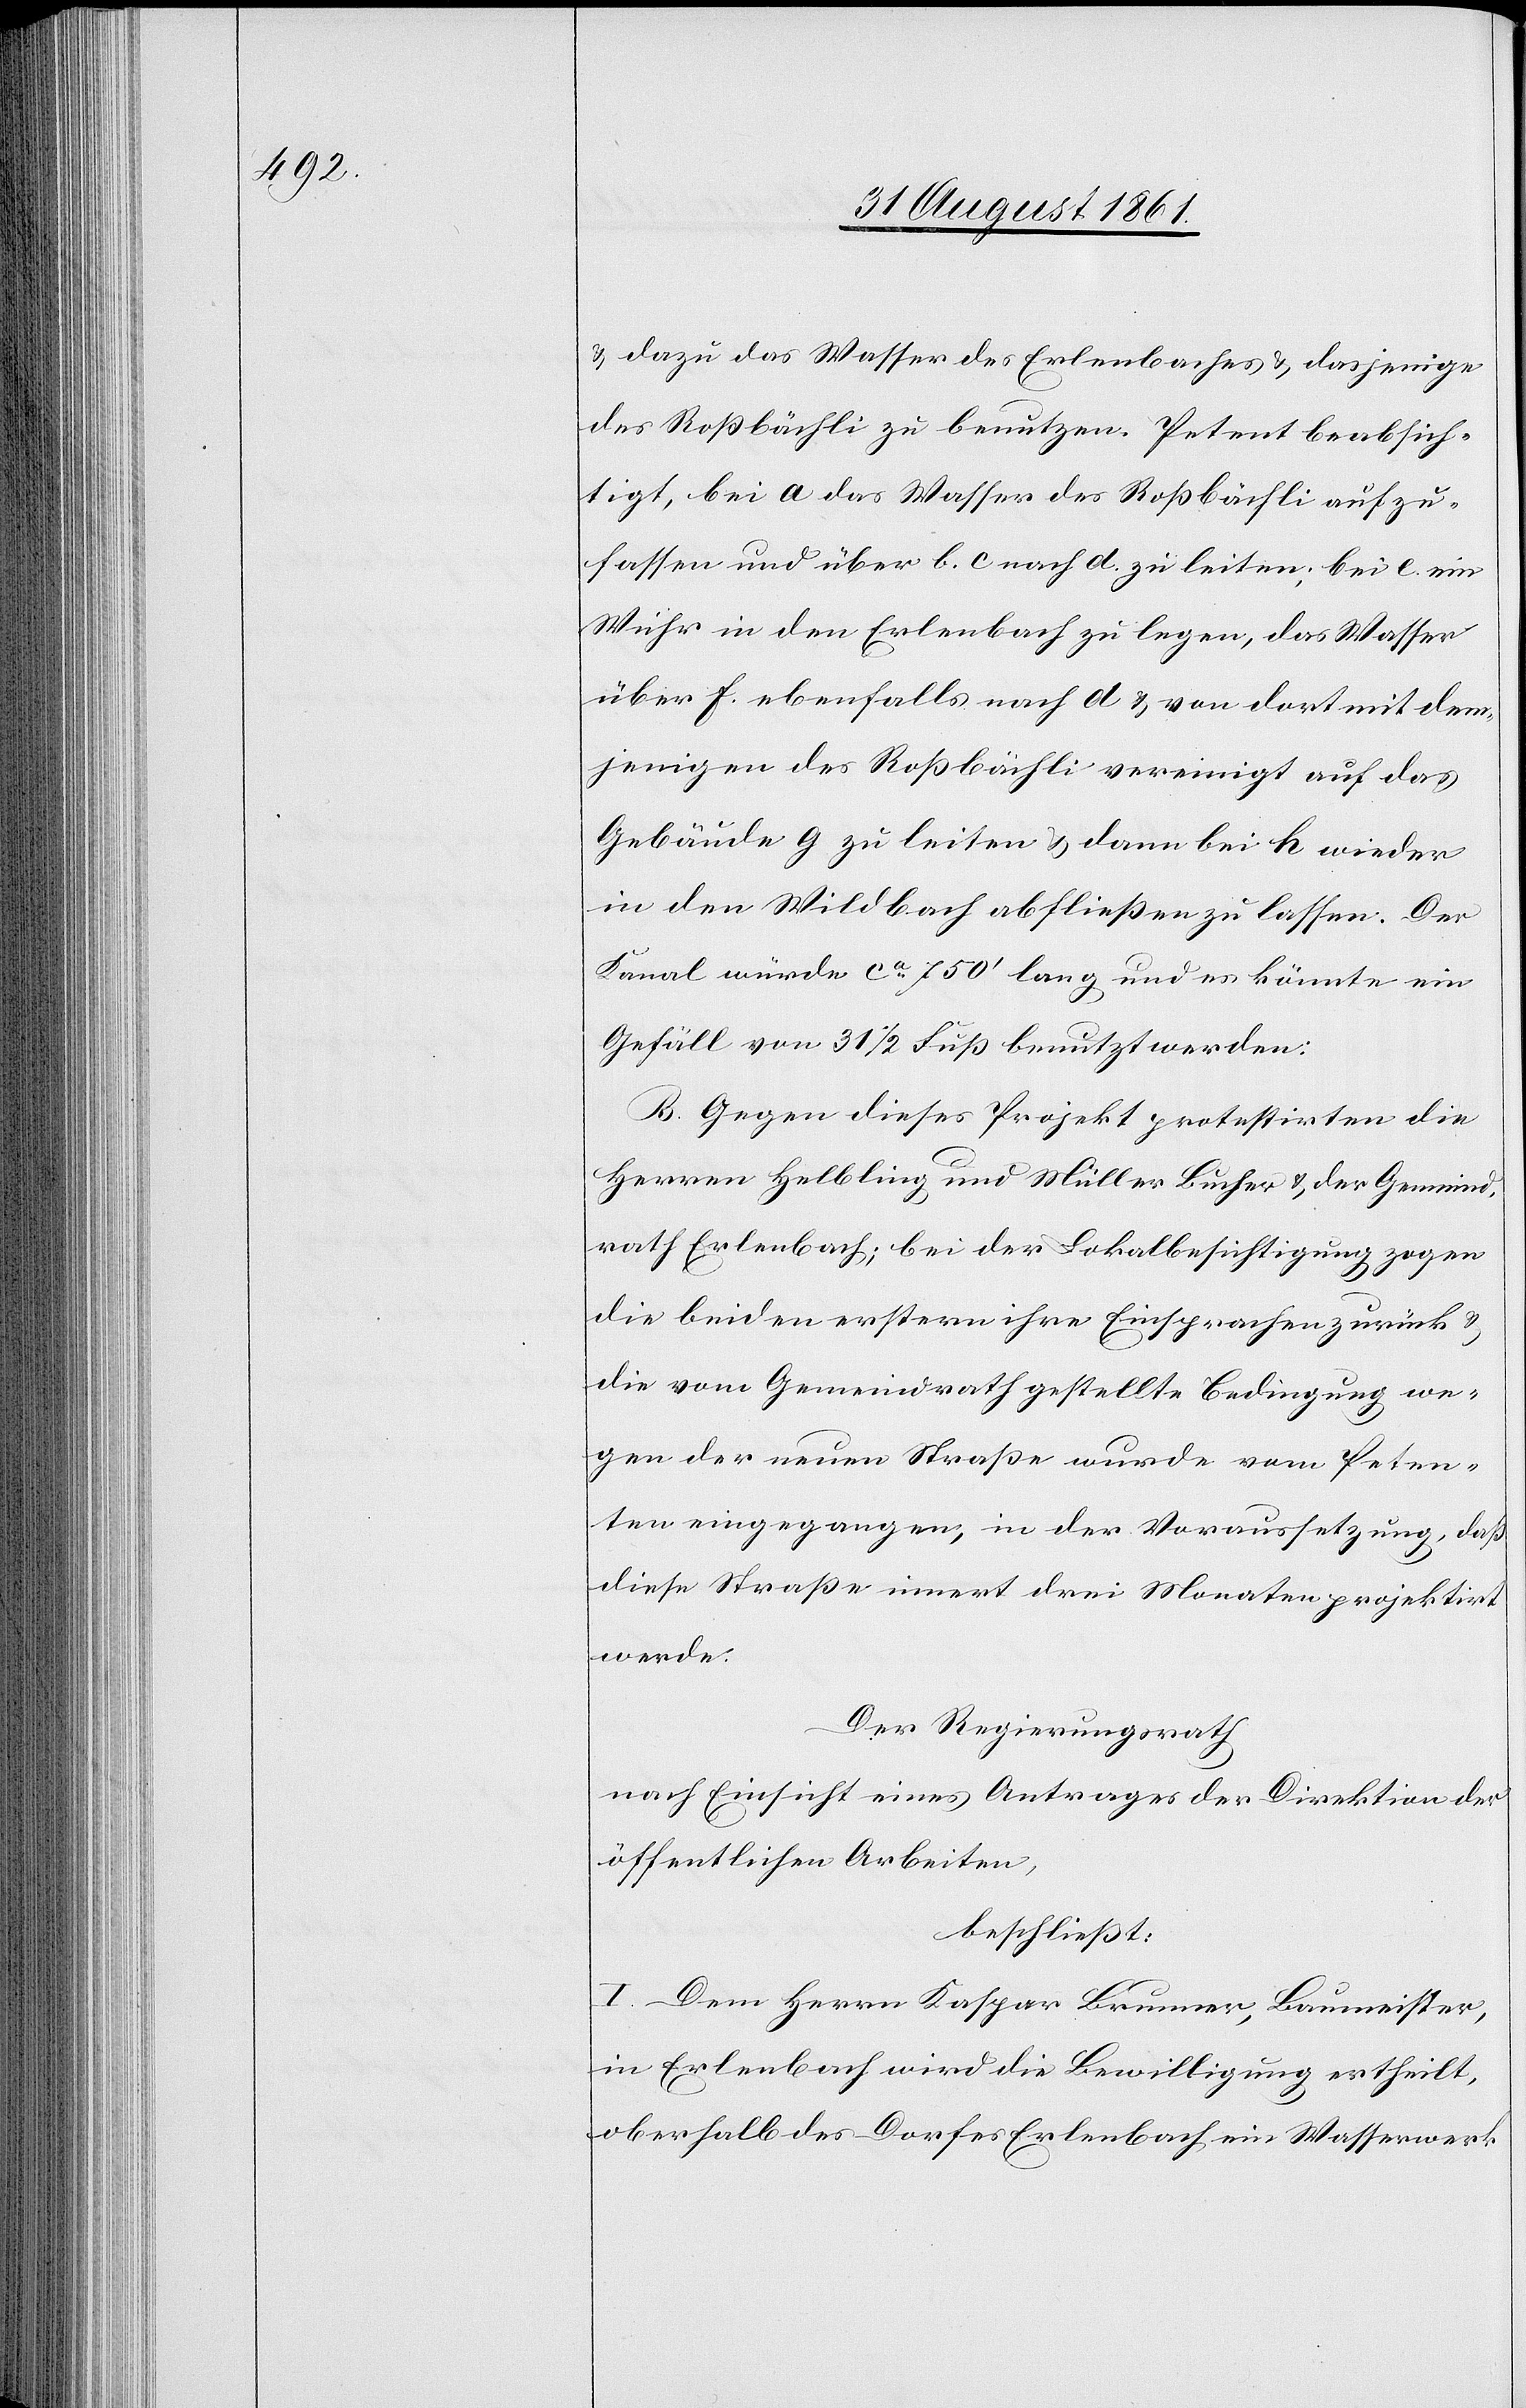
u. dazu das Wasser das Erlenbaches u. dasjenige
des Roßbächli zu benutzen. Petent beabsich¬
tigt, bei a das Wasser des Roßbächli aufzu¬
fassen und über b. c. nach d. zu leiten, bei e. ein
Wuhr in den Erlenbach zu legen, das Wasser
über f. ebenfalls nach d u. von dort mit dem¬
jenigen des Roßbächli vereinigt auf das
Gebäude g zu leiten u. dann bei h wieder
in den Wildbach abfließen zu lassen. Der
Kanal würde ca 750’ lang und es könnte ein
Gefäll von 31 1/2 Fuß benutzt werden:
B. Gegen dieses Projekt protestirten die
Herren Helbling und Müller Bucher u. der Gemeind¬
rath Erlenbach; bei der Lokalbesichtigung zogen
die beiden erstern ihre Einsprachen zurück u.
die vom Gemeindrath gestellte Bedingung we¬
gen der neuen Straße wurde vom Peten¬
ten eingegangen, in der Voraussetzung, daß
diese Straße innert drei Monaten projektirt
werde.
Der Regierungsrath
nach Einsicht eines Antrages der Direktion der
öffentlichen Arbeiten,
beschließt:
I. Dem Herrn Kaspar Brunner, Baumeister,
in Erlenbach wird die Bewiligung ertheilt,
oberhalb des Dorfes Erlenbach ein Wasserwerk